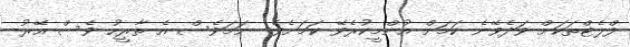
ފްލެޓްތަކަށް ވަދެވޭނެ ކަމަށް އުންމީކުރެވޭ ކަމަށެވެ. ނަމަވެސް އެ ތާރީހު ވެސް އޭރު